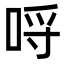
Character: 哷